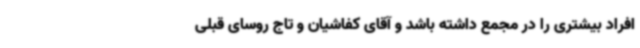
افراد بیشتری را در مجمع داشته باشد و آقای کفاشیان و تاج روسای قبلی